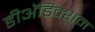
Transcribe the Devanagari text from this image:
डीअॅडिक्शन